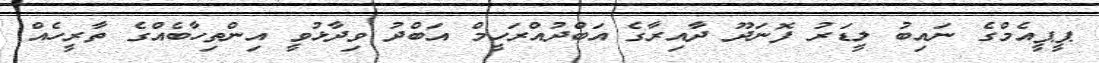
ޕީޕީއެމްގެ ނައިބު ލީޑަރު ފޮނަދޫ ދާއިރާގެ އަބްދުއްރަހީމް އަބްދު ވިދާޅުވީ އިންތިހާބެއްގެ ތާރީހެއް